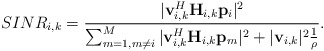
\begin{align*}&SINR_{i,k} = \frac{|\mathbf{v}_{i,k}^H\mathbf{H}_{i,k}\mathbf{p}_i |^2 }{ \sum_{m=1, m\neq i}^{M}|\mathbf{v}_{i,k}^H\mathbf{H}_{i,k}\mathbf{p}_{m}|^2 +|\mathbf{v}_{i,k}|^2\frac{1}{\rho}}.\end{align*}